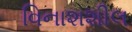
વિનાશશીલ